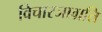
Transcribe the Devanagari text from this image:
विचारजाग्रति